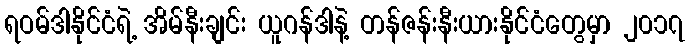
ရဝမ်ဒါနိုင်ငံရဲ့ အိမ်နီးချင်း ယူဂန်ဒါနဲ့ တန်ဇန်းနီးယားနိုင်ငံတွေမှာ ၂၀၁၇